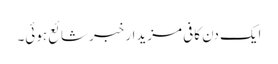
ایک دن کافی مزیدار خبر شائع ہوئی۔